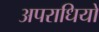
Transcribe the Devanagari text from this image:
अपराधियों